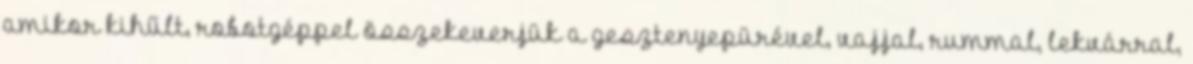
amikor kihűlt, robotgéppel összekeverjük a gesztenyepürével, vajjal, rummal, lekvárral,